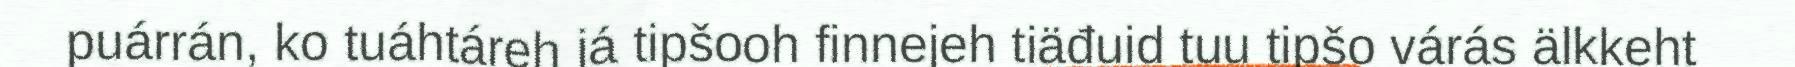
puárrán, ko tuáhtáreh já tipšooh finnejeh tiäđuid tuu tipšo várás älkkeht